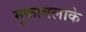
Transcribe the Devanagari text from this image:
मुकाबलाके